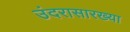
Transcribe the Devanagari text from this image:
उंदरासारख्या